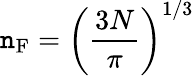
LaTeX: \mathtt{n}_{\mathrm{{F}}}=\left({\frac{{3N}}{{\pi}}}\right)^{1/3}